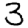
Digit: 3